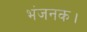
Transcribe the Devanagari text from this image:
भंजनक।